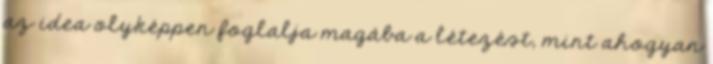
az idea olyképpen foglalja magába a létezést, mint ahogyan